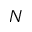
N